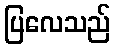
ပြလေသည်